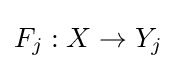
F_{j}:X\to Y_{j}